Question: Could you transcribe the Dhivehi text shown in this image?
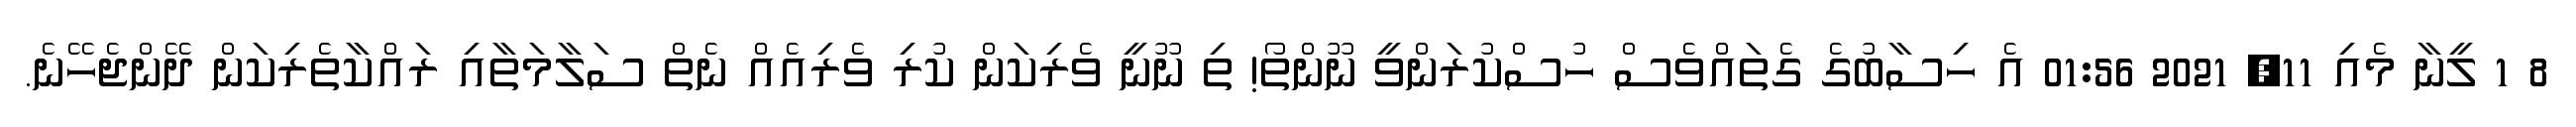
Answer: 8 1 ލީނާ މެއި 11, 2021 01:56 އެ ހިސާބުގެ ގެތައްވެސް ހުސްކުރަންވީ ނޫންތޯ! ތި ނޫނީ ވެރިކަން ކުރި ވެރިއެއް ނެތް ސަލާމަތާއި ރައްކާތެރިކަން ދޭންޖެހޭނެ.